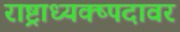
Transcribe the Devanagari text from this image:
राष्ट्राध्यक्ष्पदावर